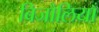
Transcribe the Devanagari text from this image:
बिजौलियाँ